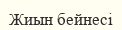
Жиын бейнесі